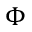
\Phi